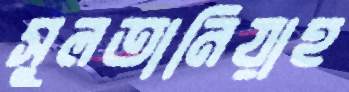
সুলতানিয়াহ